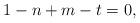
LaTeX: \begin{align*}1 - n + m - t = 0,\end{align*}